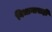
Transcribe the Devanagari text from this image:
विधानासही